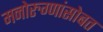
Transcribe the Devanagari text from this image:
मनोरुग्णांसोबत